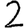
Digit: 2